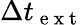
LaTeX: \Delta t_{\mathrm{~e~x~t~}}